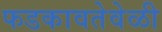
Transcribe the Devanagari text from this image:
फडकावतेवेळी